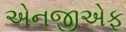
એનજીએફ